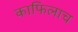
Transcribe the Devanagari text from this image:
काफिलाच